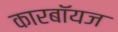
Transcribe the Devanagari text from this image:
कारबॉयज